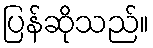
ပြန်ဆိုသည်။